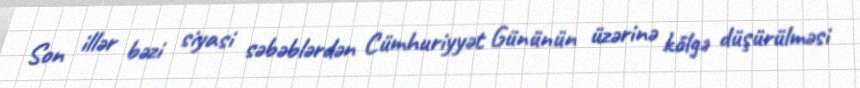
Son illər bəzi siyasi səbəblərdən Cümhuriyyət Gününün üzərinə kölgə düşürülməsi